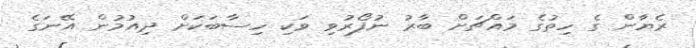
ރެޔާން ގެ ހިތުގެ މައްޗަށް ބާރު ނުފޯރުވި ވަކި ހިސާބަކަށް ދިއުމުން އޭނަގެ